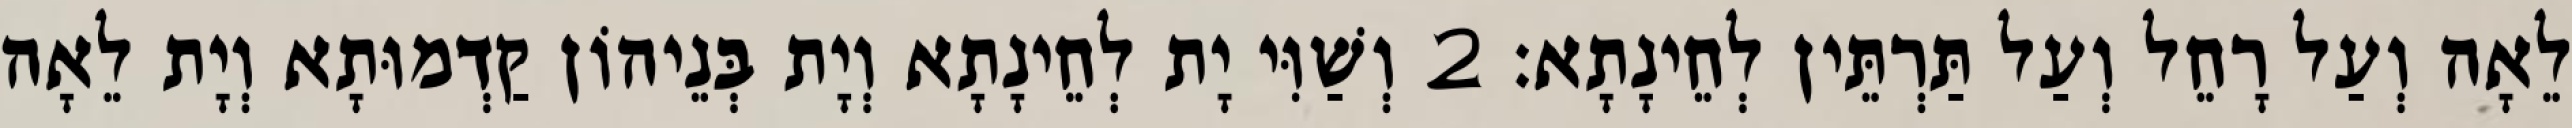
לֵאָה וְעַל רָחֵל וְעַל תַּרְתֵּין לְחֵינָתָא׃ 2 וְשַׁוִּי יָת לְחֵינָתָא וְיָת בְּנֵיהוֹן קַדְמוּתָא וְיָת לֵאָה